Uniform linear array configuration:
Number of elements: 12
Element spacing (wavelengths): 0.5
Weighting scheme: hann
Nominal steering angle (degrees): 60
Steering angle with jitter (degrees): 61.747
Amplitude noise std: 0.05
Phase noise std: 0.05

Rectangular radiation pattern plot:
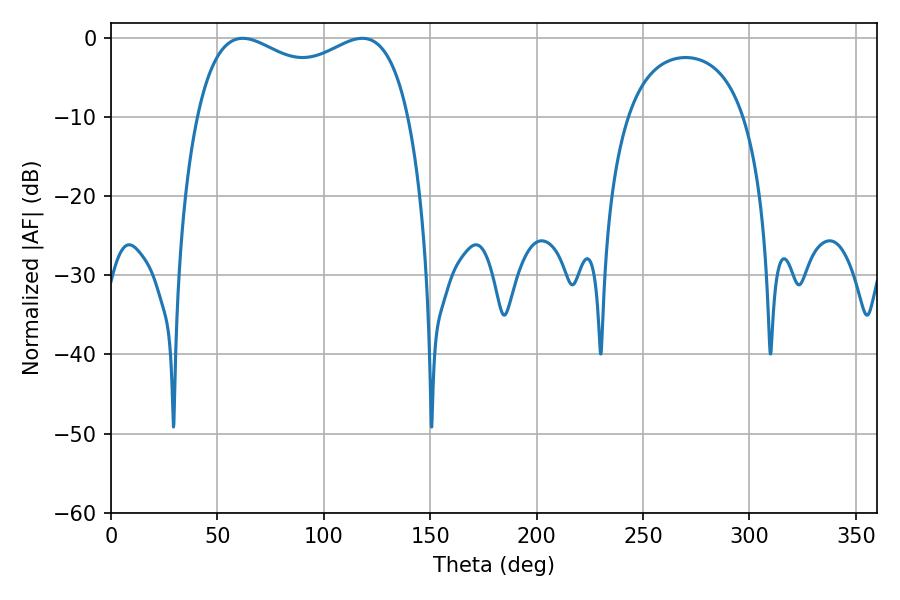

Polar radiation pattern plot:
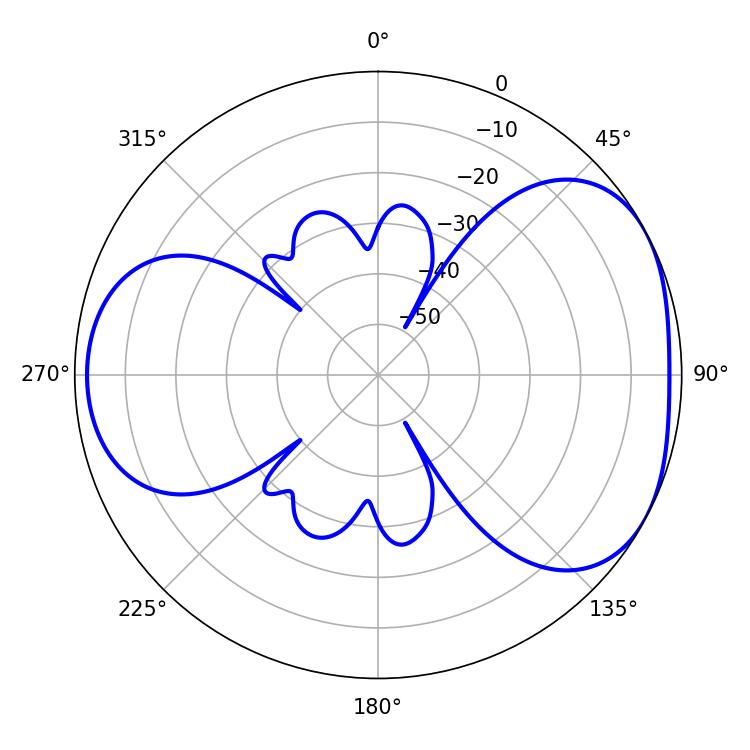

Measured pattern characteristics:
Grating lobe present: FALSE
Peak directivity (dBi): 4.44
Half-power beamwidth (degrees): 82.44
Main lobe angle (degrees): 61.92